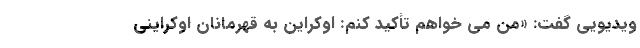
ویدیویی گفت: «من می خواهم تأکید کنم: اوکراین به قهرمانان اوکراینی